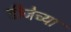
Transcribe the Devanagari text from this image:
डीजेच्या